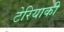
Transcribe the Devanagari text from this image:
टेरियाकी